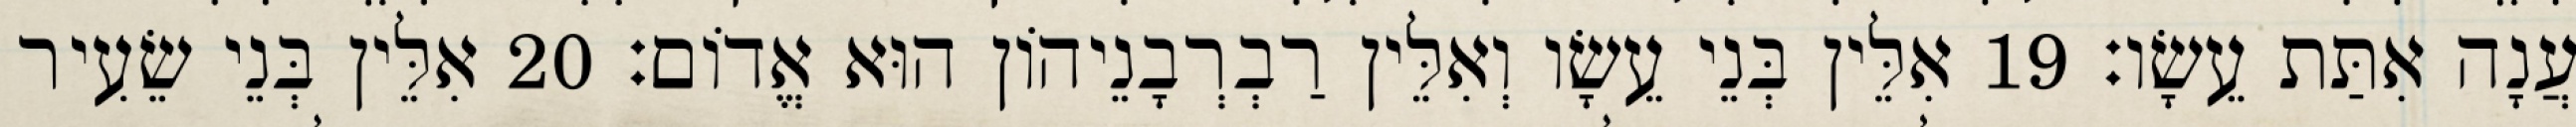
עֲנָה אִתַּת עֵשָׂו׃ 19 אִלֵּין בְּנֵי עֵשָׂו וְאִלֵּין רַבְרְבָנֵיהוֹן הוּא אֱדוֹם׃ 20 אִלֵּין בְּנֵי שֵׂעִיר